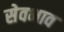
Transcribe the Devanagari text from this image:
सेवभाव